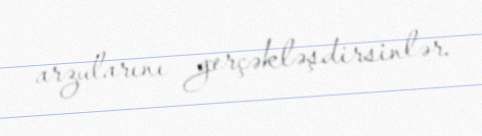
arzularını gerçəkləşdirsinlər.